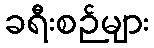
ခရီးစဉ်များ